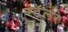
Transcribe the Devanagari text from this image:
स्टॅलर